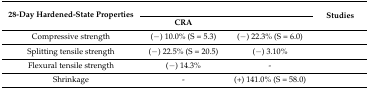
<table><thead><tr><td rowspan="2"><b>28-Day Hardened-State Properties</b></td><td colspan="2">[EMPTY_CELL]</td><td rowspan="2"><b>Studies</b></td></tr><tr><td><b>CRA</b></td><td>[EMPTY_CELL]</td></tr></thead><tbody><tr><td>Compressive strength</td><td>(−) 10.0% (S = 5.3)</td><td>(−) 22.3% (S = 6.0)</td><td>[EMPTY_CELL]</td></tr><tr><td>Splitting tensile strength</td><td>(−) 22.5% (S = 20.5)</td><td>(−) 3.10%</td><td>[EMPTY_CELL]</td></tr><tr><td>Flexural tensile strength</td><td>(−) 14.3%</td><td>-</td><td>[EMPTY_CELL]</td></tr><tr><td>Shrinkage</td><td>-</td><td>(+) 141.0% (S = 58.0)</td><td>[EMPTY_CELL]</td></tr></tbody></table>